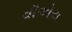
વીએચ